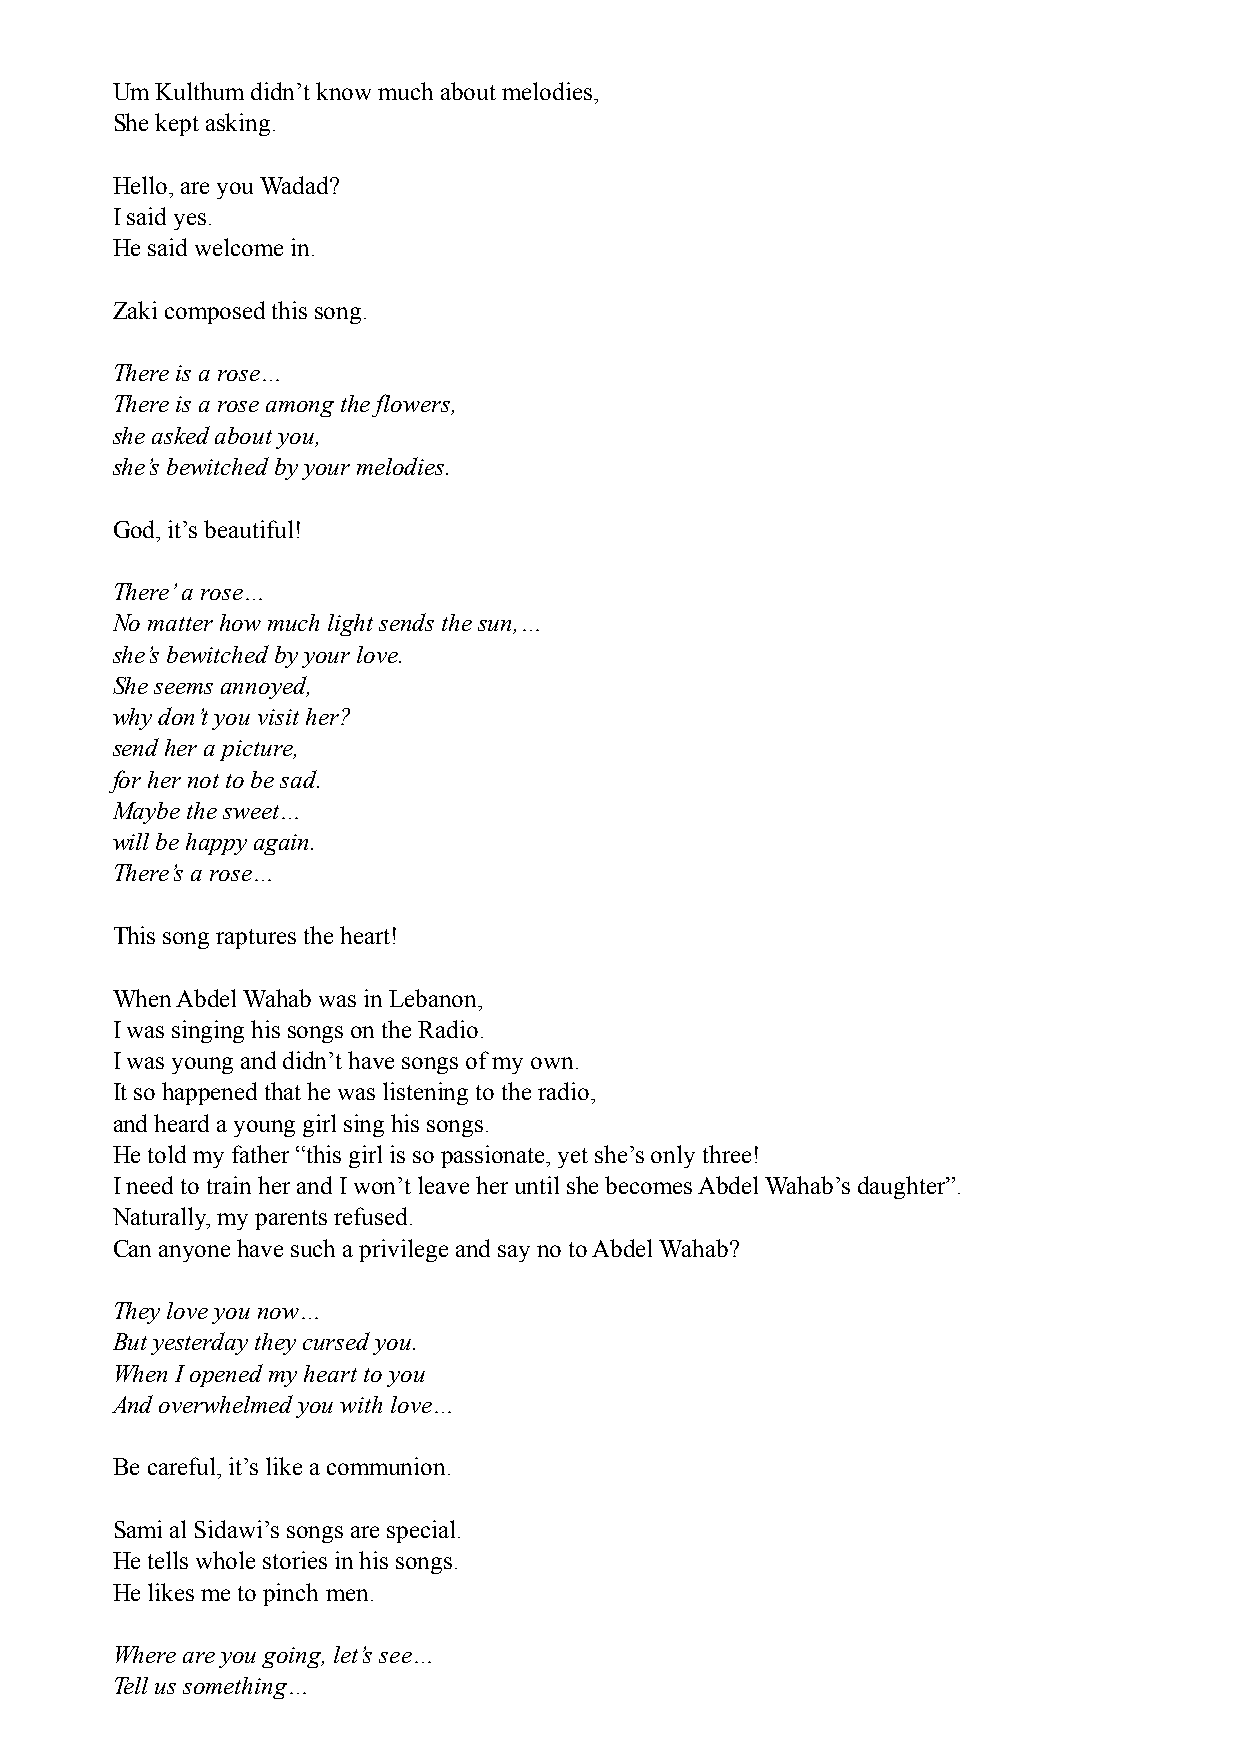
Um Kulthum didn’t know much about melodies,
 She kept asking.
 Hello, are you Wadad?
 I said yes.
 He said welcome in.
 Zaki composed this song.
 There is a rose…
 There is a rose among the flowers,
 she asked about you,
 she’s bewitched by your melodies.
 God, it’s beautiful!
 There’ a rose…
 No matter how much light sends the sun,…
 she’s bewitched by your love.
 She seems annoyed,
 why don’t you visit her?
 send her a picture,
 for her not to be sad.
 Maybe the sweet…
 will be happy again.
 There’s a rose…
 This song raptures the heart!
 When Abdel Wahab was in Lebanon,
 I was singing his songs on the Radio.
 I was young and didn’t have songs of my own.
 It so happened that he was listening to the radio,
 and heard a young girl sing his songs.
 He told my father “this girl is so passionate, yet she’s only three!
 I need to train her and I won’t leave her until she becomes Abdel Wahab’s daughter”.
 Naturally, my parents refused.
 Can anyone have such a privilege and say no to Abdel Wahab?
 They love you now…
 But yesterday they cursed you.
 When I opened my heart to you
 And overwhelmed you with love…
 Be careful, it’s like a communion.
 Sami al Sidawi’s songs are special.
 He tells whole stories in his songs.
 He likes me to pinch men.
 Where are you going, let’s see…
 Tell us something…